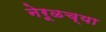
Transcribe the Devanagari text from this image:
नेरूळच्या